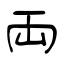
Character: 両